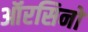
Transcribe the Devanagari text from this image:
ऑरसिनो